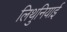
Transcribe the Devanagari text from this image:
लिथुनियाई